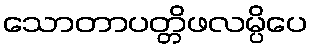
သောတာပတ္တိဖလမ္ပိပေ